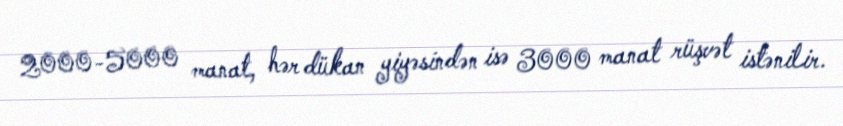
2000-5000 manat, hər dükan yiyəsindən isə 3000 manat rüşvət istənilir.